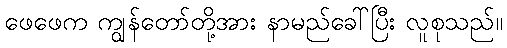
ဖေဖေက ကျွန်တော်တို့အား နာမည်ခေါ်ပြီး လူစုသည်။